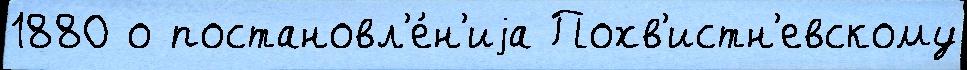
1880 о постановл'е́н'иjа Похв'истн'евскому